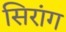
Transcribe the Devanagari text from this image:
सिरांग